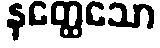
နတ္ထေသော